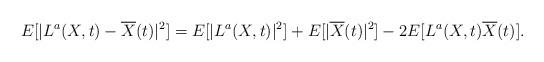
LaTeX: \begin{align*}E[|L^a(X,t) - \overline{X}(t)|^2] &= E[|L^a(X,t)|^2] + E[|\overline{X}(t)|^2] - 2 E[L^a(X,t)\overline{X}(t)].\end{align*}